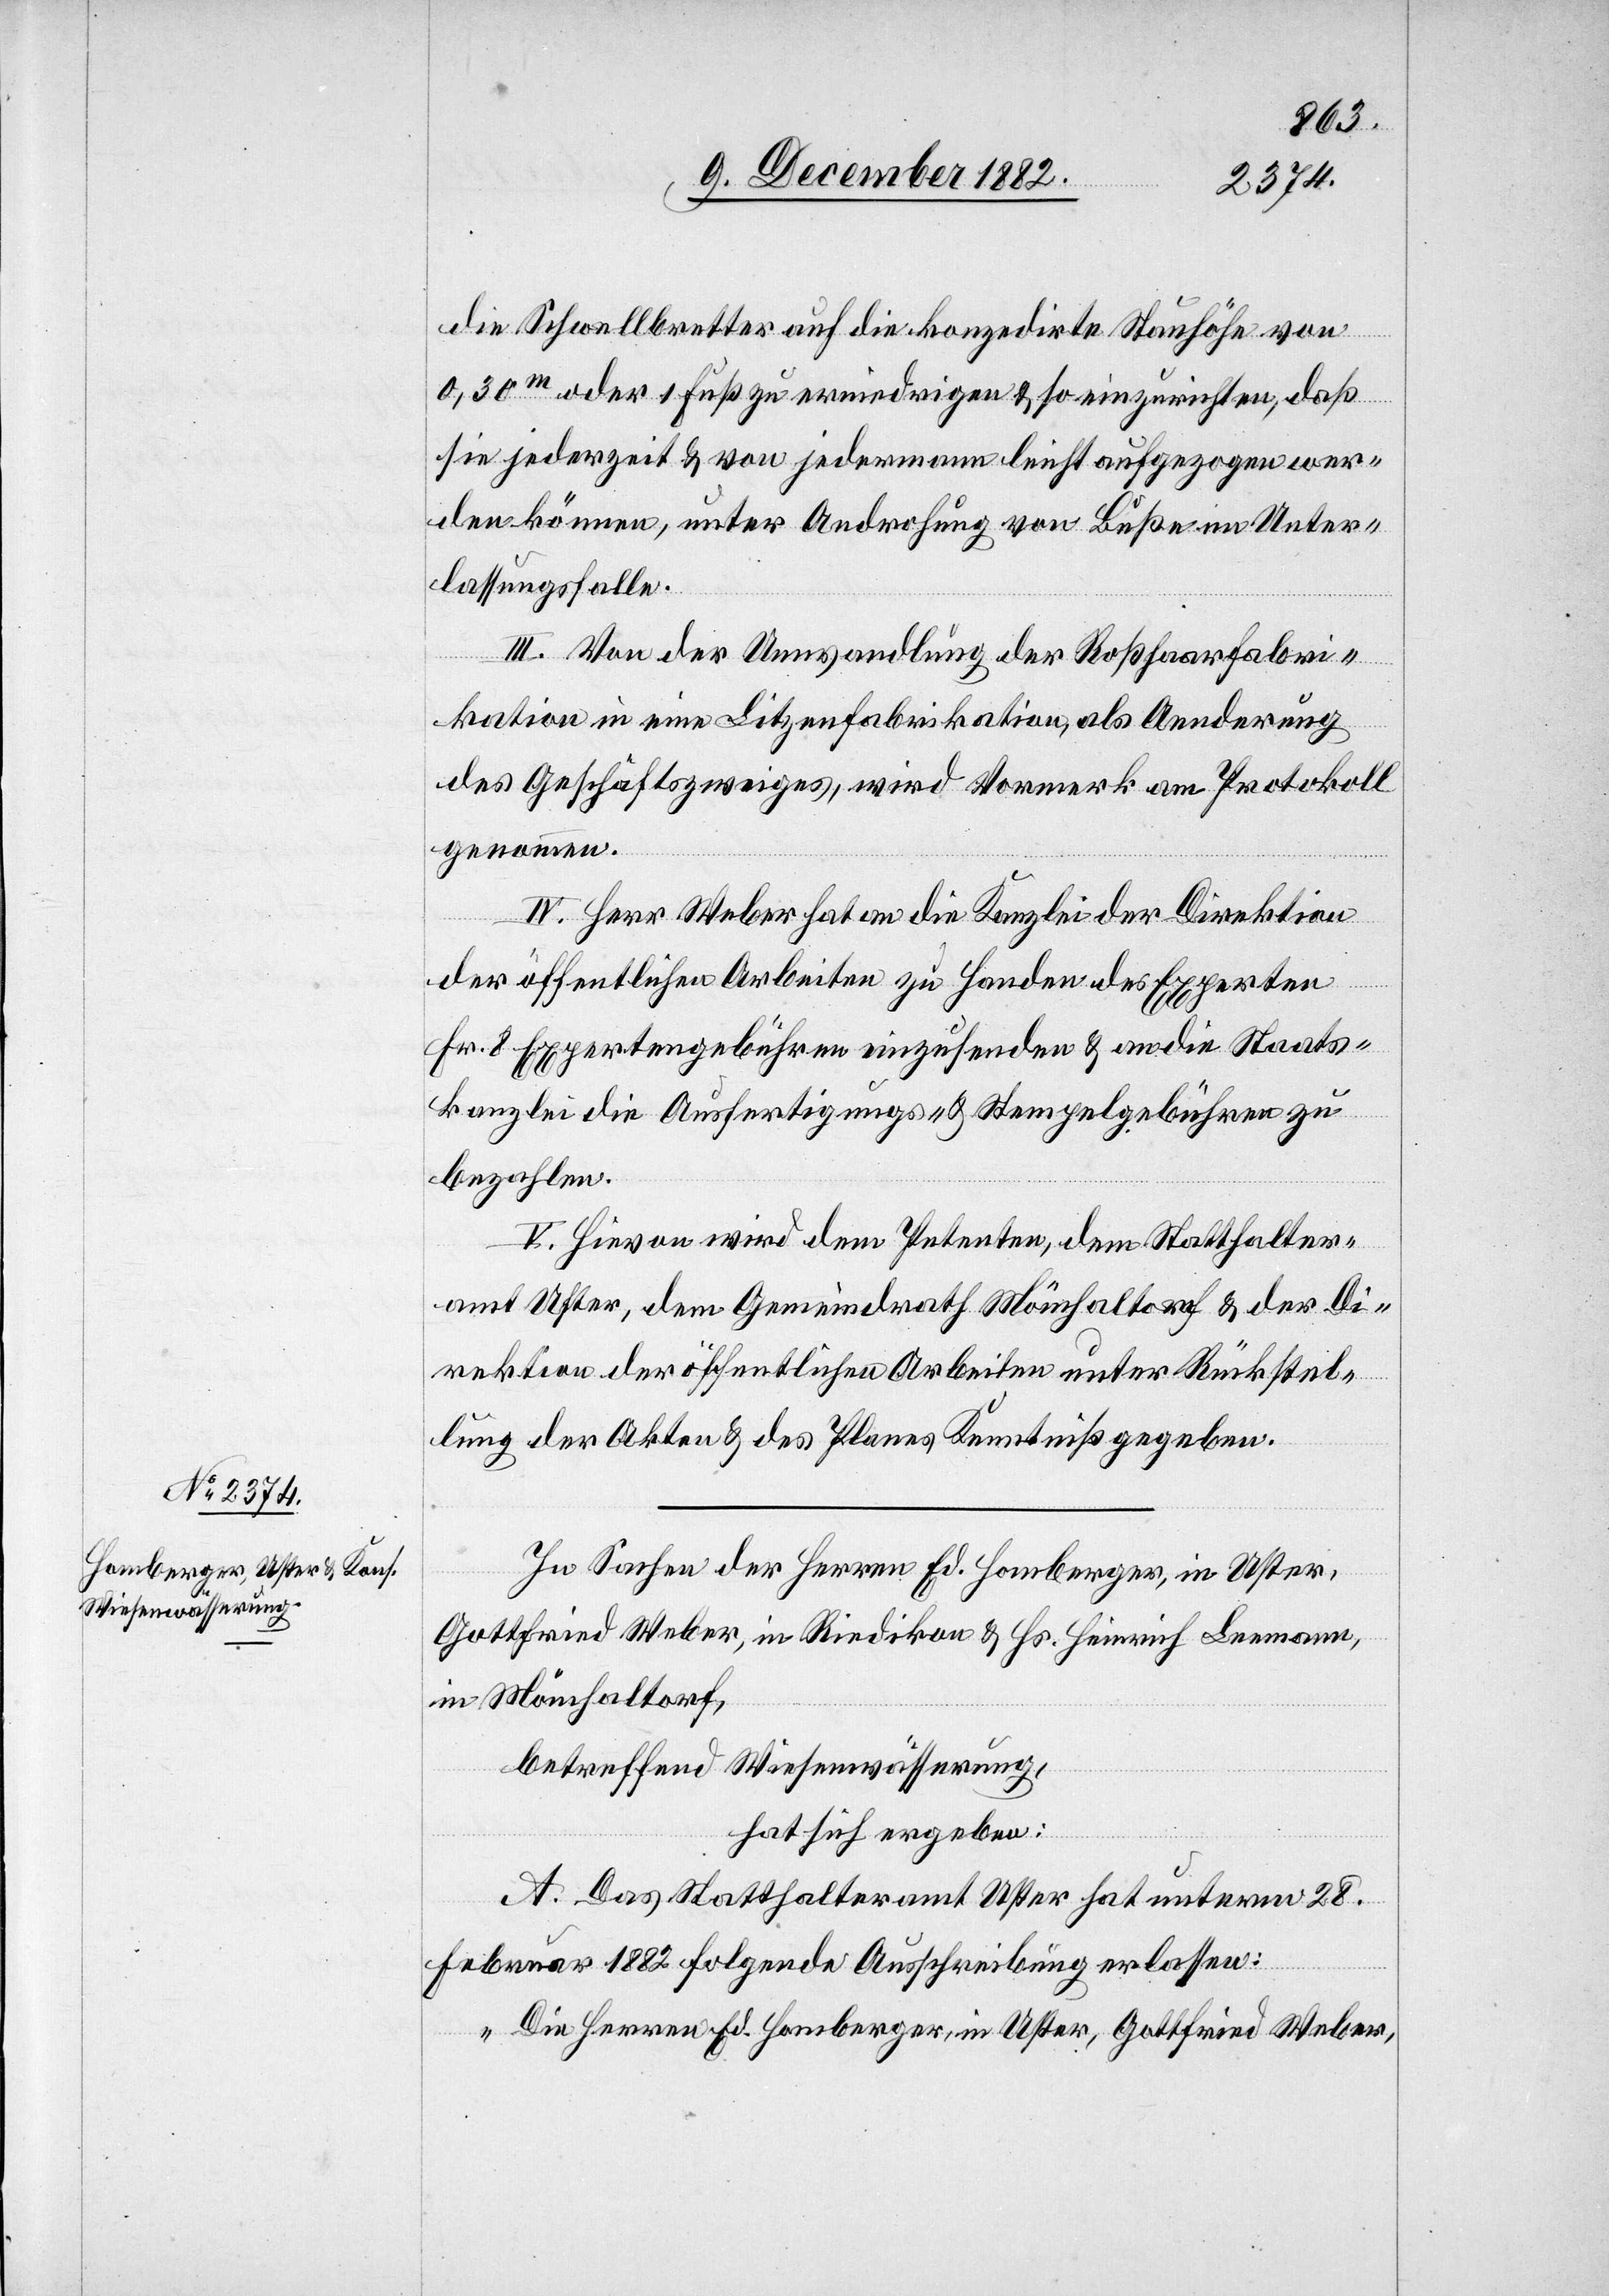
die Schwellbretter auf die konzedirte Stauhöhe von
0,30m oder 1 Fuß zu erniedrigen & so einzurichten, daß
sie jederzeit & von jedermann leicht aufgezogen wer¬
den können, unter Androhung von Buße im Unter¬
lassungsfalle.
III. Von der Umwandlung der Roßhaarfabri¬
kation in eine Litzenfabrikation, als Aenderung
des Geschäftszweiges, wird Vormerk am Protokoll
genommen.
IV. Her Weber hat an die Kanzlei der Direktion
der öffentlichen Arbeiten zu Handen des Experten
Fr. 8 Expertengebühren einzusenden & an die Staats¬
kanzlei die Ausfertigungs- & Stempelgebühren zu
bezahlen.
V. Hievon wird dem Petenten, dem Statthalter¬
amt Uster, dem Gemeindrath Mönchaltorf & der Di¬
rektion der öffentlichen Arbeiten unter Rückstel¬
lung der Akten & des Planes Kenntniß gegeben.
In Sachen der Herren Ed. Homberger, in Uster,
Gottfried Weber, in Riedikon & Hs. Heinrich Leemann,
in Mönchaltorf,
betreffend Wiesenwässerung,
hat sicher ergeben:
A. Das Statthalteramt Uster hat unterm 28.
Februar 1882 folgende Ausschreibung erlassen:
„Die Herren Ed. Homberger, in Uster, Gottfried Weber,